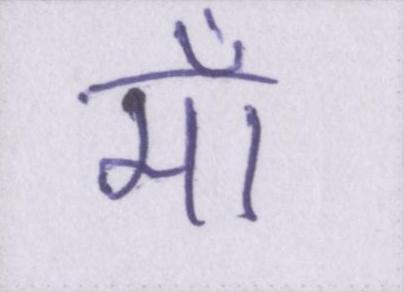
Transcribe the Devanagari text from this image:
माँ